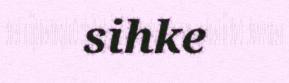
sihke